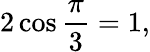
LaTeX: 2\cos{\frac{\pi}{3}}=1,